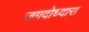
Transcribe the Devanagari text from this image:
जगदोध्दारा